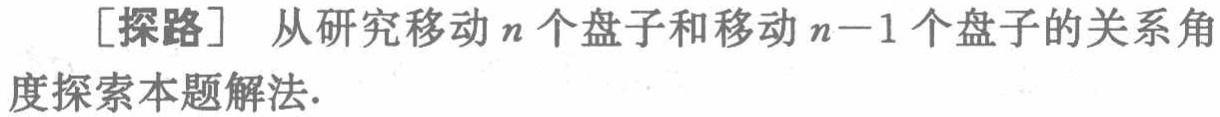
[探路] 从研究移动\(n\)个盘子和移动\(n - 1\)个盘子的关系角度探索本题解法.